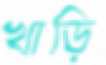
খাড়ি